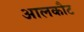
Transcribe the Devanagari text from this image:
आलकौट